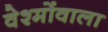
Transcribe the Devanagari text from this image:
वेश्मोंवाला